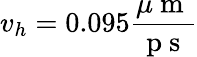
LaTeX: v_{h}=0.095\frac{\mu\mathrm{~m~}}{\mathrm{~p~s~}}